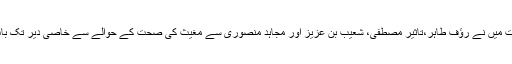
اس رات میں نے رؤف طاہر،تاثیر مصطفی، شعیب بن عزیز اور مجاہد منصوری سے مغیث کی صحت کے حوالے سے خاصی دیر تک بات کی۔